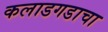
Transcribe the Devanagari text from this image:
कलाडगडाचा